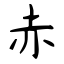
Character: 赤